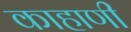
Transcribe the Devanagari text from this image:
काहाणी